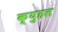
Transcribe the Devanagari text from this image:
क्युहल